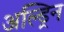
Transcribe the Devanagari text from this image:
अल्ड्रिन